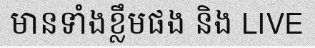
មានទាំងខ្លឹមផង និង LIVE